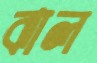
ঝাল